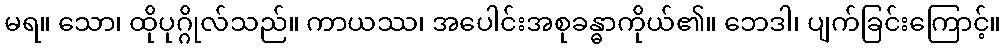
မရ။ သော၊ ထိုပုဂ္ဂိုလ်သည်။ ကာယဿ၊ အပေါင်းအစုခန္ဓာကိုယ်၏။ ဘေဒါ၊ ပျက်ခြင်းကြောင့်။